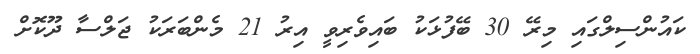
ކައުންސިލްގައި މިރޭ 30 ބޭފުޅަކު ބައިވެރިވީ އިރު 21 މެންބަރަކު ޖަލްސާ ދޫކޮށް